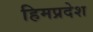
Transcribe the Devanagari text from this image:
हिमप्रदेश